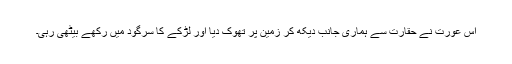
اس عورت نے حقارت سے ہماری جانب دیکھ کر زمین پر تھوک دیا اور لڑکے کا سرگود میں رکھے بیٹھی رہی۔